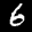
Label: 6